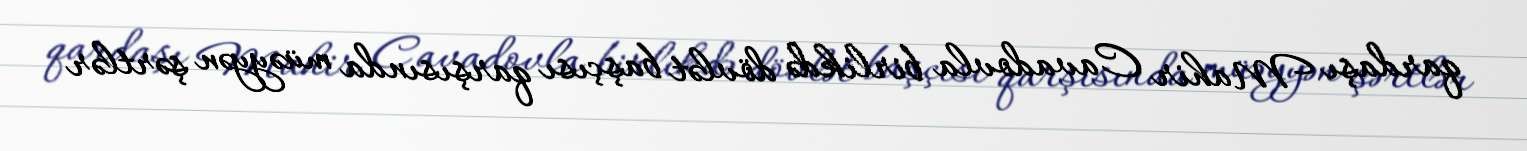
qardaşı Mahir Cavadovla birlikdə dövlət başçısı qarşısında müəyyən şərtlər